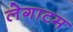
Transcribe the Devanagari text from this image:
लेगाटम